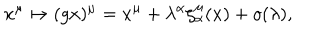
x ^ { \mu } \mapsto ( g x ) ^ { \mu } = x ^ { \mu } + \lambda ^ { \alpha } \zeta _ { \alpha } ^ { \mu } ( x ) + o ( \lambda ) ,